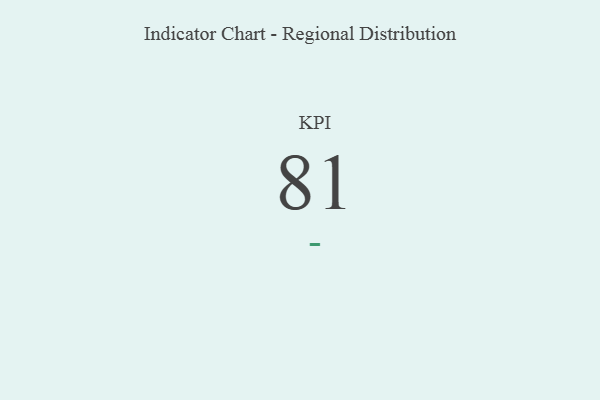
{"axis": {"x": "KPI", "y": "Value"}, "legend": [""], "data": [{"x": "KPI", "y": 81, "type": ""}]}